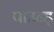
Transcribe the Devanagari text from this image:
पाउन्ड्